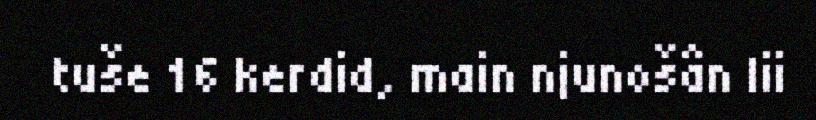
tuše 16 kerdid, main njunošân lii